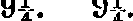
9¼. 9¼.